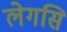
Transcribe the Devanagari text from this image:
लेगसि